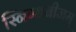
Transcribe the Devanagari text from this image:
स्निग्धबीजम्